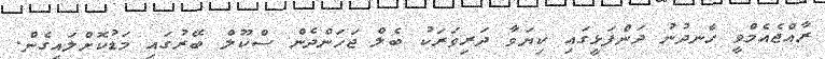
ރާއްޖެއެމްވީ ހެނދުނު ދަންފަޅީގައި ކިޔަވާ ދަރިވަރަކު ބެލް ޖަހަންދެން ސްކޫލް ބޭރުގައި މަޑުކޮށްލައިގެން.